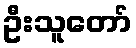
ဦးသူတော်